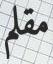
مقلم